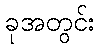
ခုအတွင်း